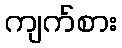
ကျက်စား